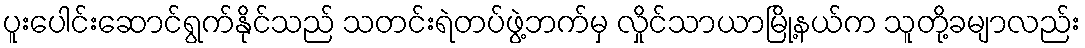
ပူးပေါင်းဆောင်ရွက်နိုင်သည် သတင်းရဲတပ်ဖွဲ့ဘက်မှ လှိုင်သာယာမြို့နယ်က သူတို့ခမျာလည်း